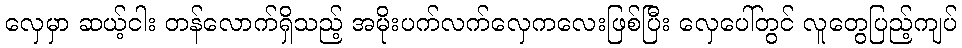
လှေမှာ ဆယ့်ငါး တန်လောက်ရှိသည့် အမိုးပက်လက်လှေကလေးဖြစ်ပြီး လှေပေါ်တွင် လူတွေပြည့်ကျပ်